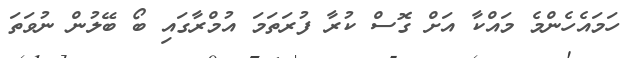
ހަަމައެހެންމެ މައްކާ އަށް ގޮސް ކުރާ ފުރަތަމަ އުމްރާގައި ބޯ ބޭލުން ނުވަތަ